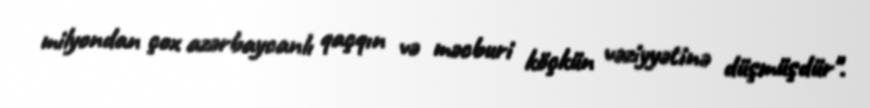
milyondan çox azərbaycanlı qaçqın və məcburi köçkün vəziyyətinə düşmüşdür".